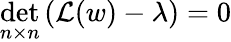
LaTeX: \operatorname*{det}_{n\times n}\left({\cal L}(w)-\lambda\right)=0